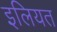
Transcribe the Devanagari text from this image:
इलियत